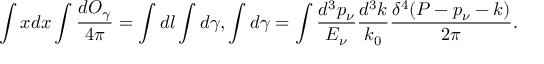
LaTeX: \int x d x \int \frac { d O _ { \gamma } } { 4 \pi } = \int d l \int d \gamma , \int d \gamma = \int \frac { d ^ { 3 } p _ { \nu } } { E _ { \nu } } \frac { d ^ { 3 } k } { k _ { 0 } } \frac { \delta ^ { 4 } ( P - p _ { \nu } - k ) } { 2 \pi } .